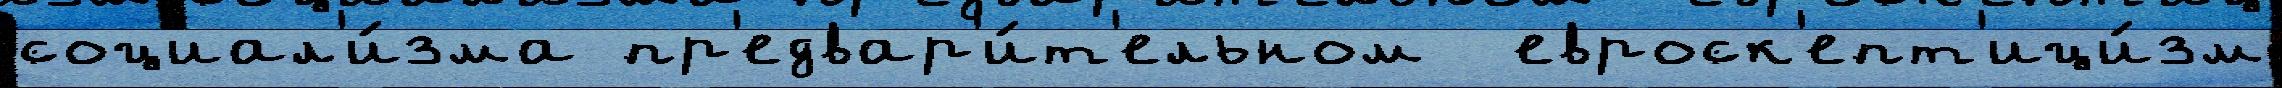
социал'и́зма пр'едвар'и́т'ельном  евроск'епт'ици́зм